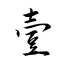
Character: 壹